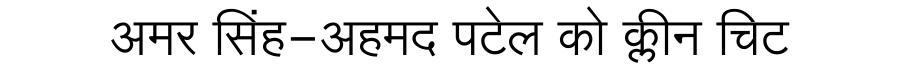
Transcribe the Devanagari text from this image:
अमर सिंह-अहमद पटेल को क्लीन चिट